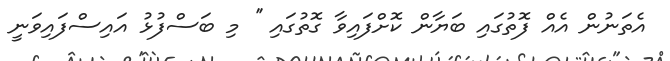
އެތަނުން އެއް ފޮތުގައި ބަޔާން ކޮށްފައިވާ ގޮތުގައި '' މި ބަސްފުޅު އައިސްފައިވަނީ